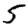
Digit: 5